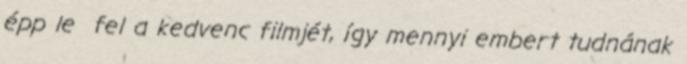
épp le fel a kedvenc filmjét, így mennyi embert tudnának